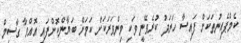
ކެމްޕެއިނުތަކަށް ފައިސާ ހަރަދު ކުރެވޭނީ ވަކި މިންވަރަކަށް ކަމަށް ބަޔާންކޮށްފައި އޮއްވާ ގާސިމް